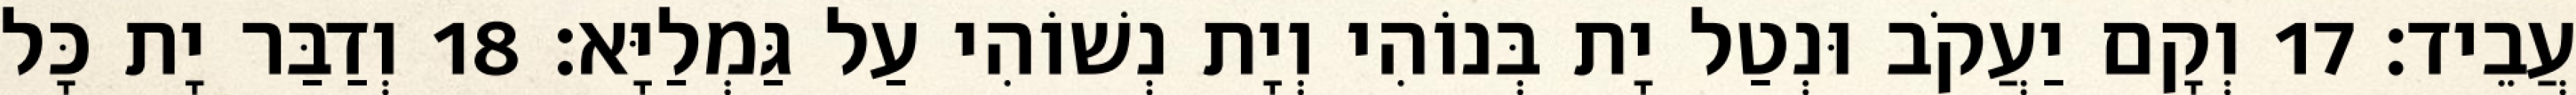
עֲבֵיד׃ 17 וְקָם יַעֲקֹב וּנְטַל יָת בְּנוֹהִי וְיָת נְשׁוֹהִי עַל גַּמְלַיָּא׃ 18 וְדַבַּר יָת כָּל